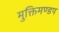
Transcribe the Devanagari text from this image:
मुक्तिमण्डप